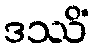
ဒဿိံ